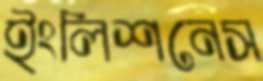
ইংলিশনেস